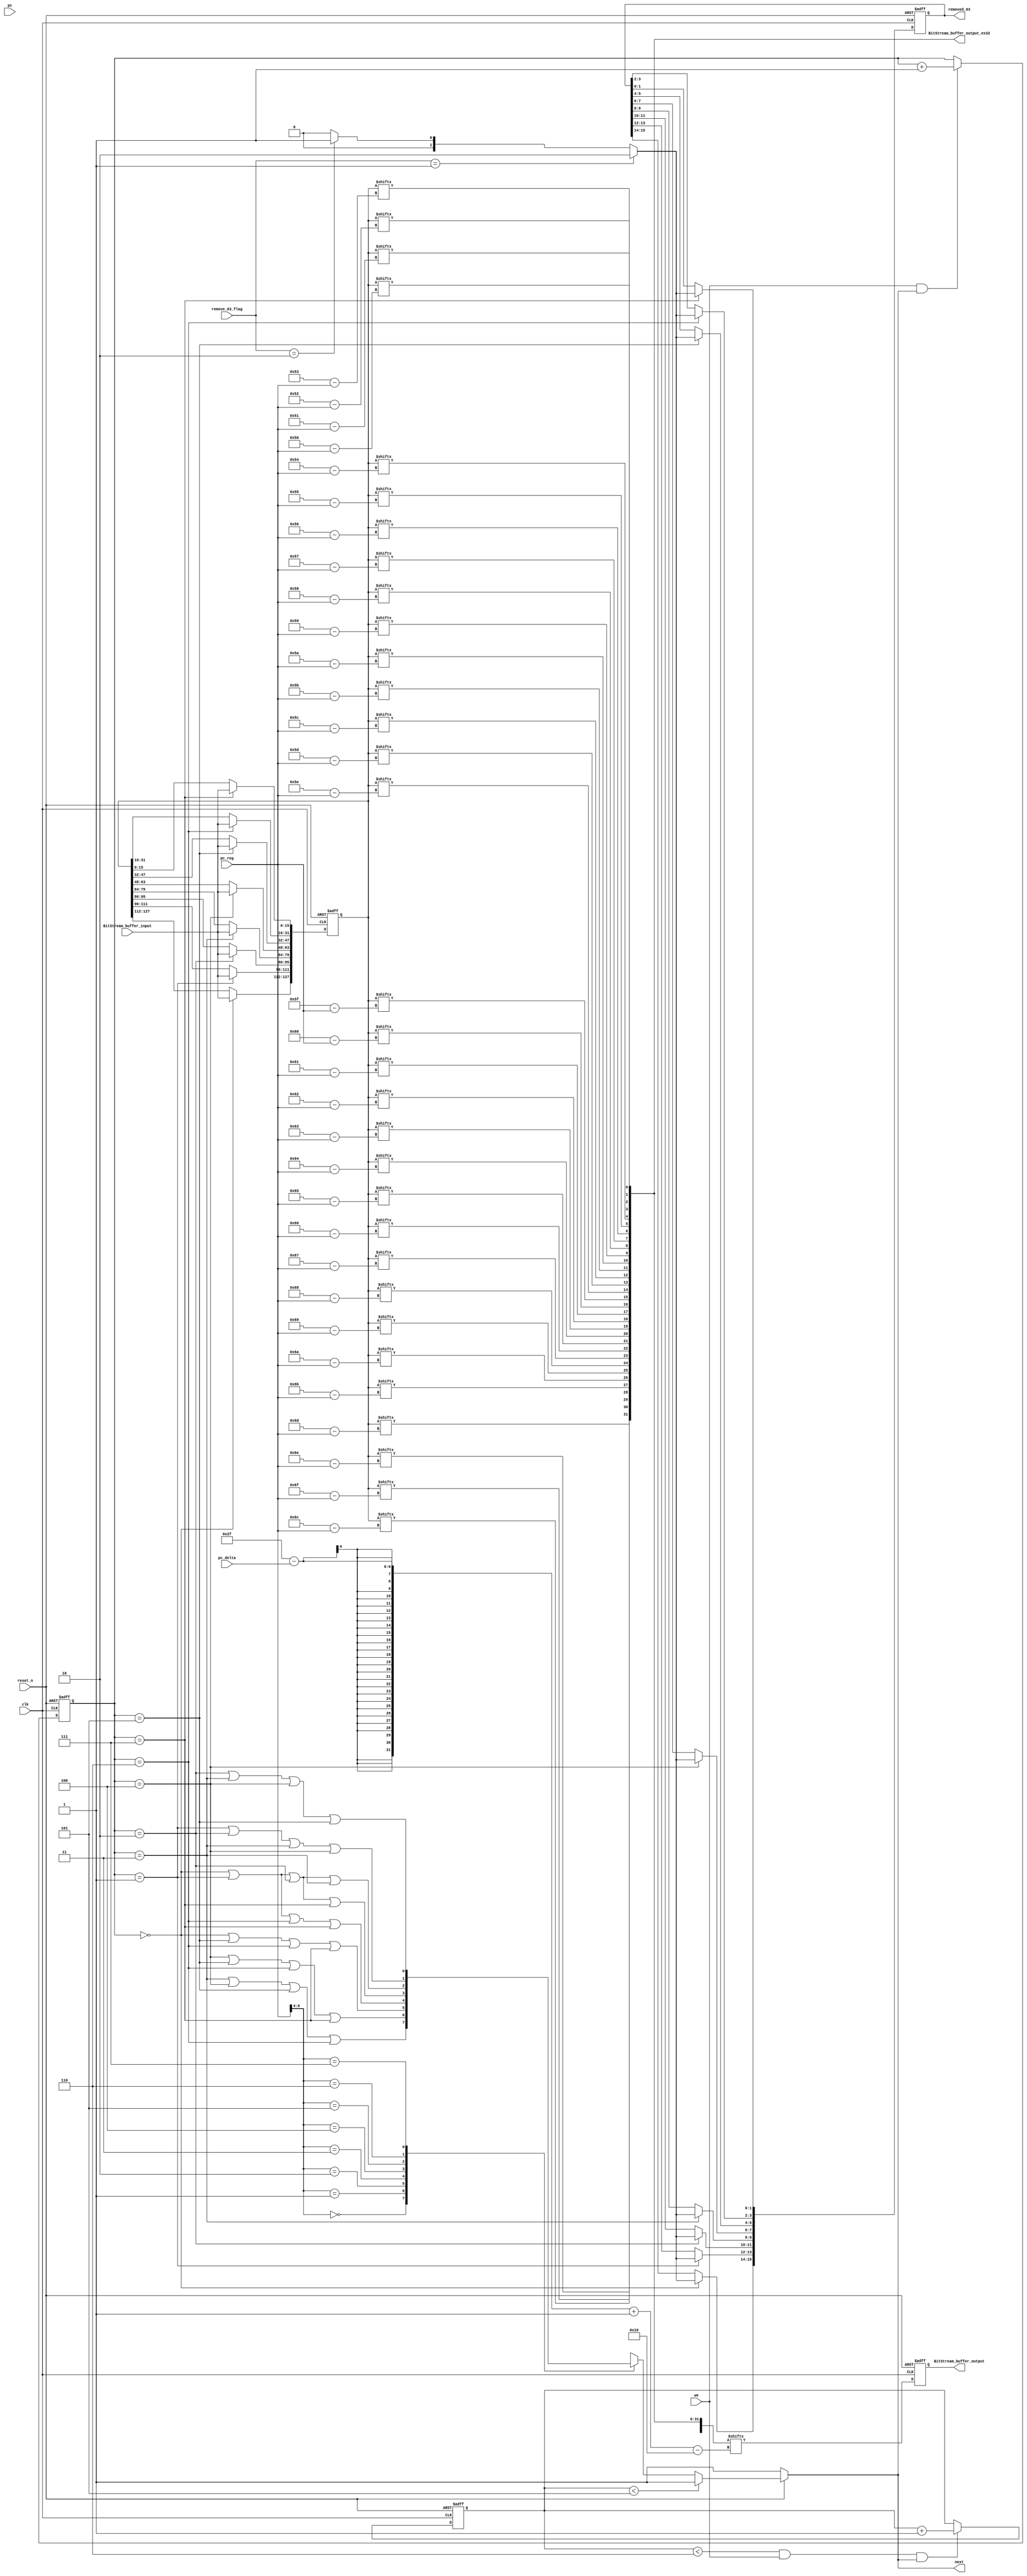
module Bitstream_buffer(

input clk,reset_n,
input [15:0] BitStream_buffer_input,
input we,
input [6:0] pc,pc_reg,
input [4:0] pc_delta,
input [1:0] remove_03_flag,


output reg next,
output reg [15:0] BitStream_buffer_output,
output [31:0] BitStream_buffer_output_ex32,
output reg [15:0] removed_03

);
reg [127:0]BS_buffer;

reg  [2:0] we_count,reset_counter;


always @ (posedge clk or negedge reset_n)
	if (reset_n == 0)
		we_count <= 3'd3;
	else if(we&&next)
		we_count <= we_count+3'd1;

always @ (posedge clk or negedge reset_n)
	if (reset_n == 1'b0)
		reset_counter <= 3'd3;
	else if (reset_counter < 6&&we&&next)
		reset_counter <= reset_counter + 3'd1;	



always@(reset_n or pc_reg or we_count or reset_counter)
	if(reset_n == 1'b0)
		next = 1;
	else if(reset_counter < 5)
		next = 1;
	else case(pc_reg[6:4])
		3'b000:next = we_count==3||we_count==4||we_count==5||we_count==6;
		3'b001:next = we_count==4||we_count==5||we_count==6||we_count==7;
		3'b010:next = we_count==0||we_count==5||we_count==6||we_count==7;
		3'b011:next = we_count==0||we_count==1||we_count==6||we_count==7;
		3'b100:next = we_count==0||we_count==1||we_count==2||we_count==7;
		3'b101:next = we_count==0||we_count==1||we_count==2||we_count==3;
		3'b110:next = we_count==1||we_count==2||we_count==3||we_count==4;
		3'b111:next = we_count==2||we_count==3||we_count==4||we_count==5;
	    endcase


always @ (posedge clk or negedge reset_n)
	if (reset_n == 0)
		BS_buffer <= 0;
	else case(we_count)
		0:BS_buffer[127:112]<=BitStream_buffer_input;
		1:BS_buffer[111:96]<=BitStream_buffer_input;
		2:BS_buffer[95:80]<=BitStream_buffer_input;
		3:BS_buffer[79:64]<=BitStream_buffer_input;
		4:BS_buffer[63:48]<=BitStream_buffer_input;
		5:BS_buffer[47:32]<=BitStream_buffer_input;
		6:BS_buffer[31:16]<=BitStream_buffer_input;
		7:BS_buffer[15:0]<=BitStream_buffer_input;
		endcase



wire [1:0] removed_03_a;
assign removed_03_a = remove_03_flag == 1 ? 2'b10 : remove_03_flag == 2 ? 2'b01 : 2'b00;

always @ (posedge clk or negedge reset_n)
	if (reset_n == 0)
		removed_03 <= 0;
	else case(we_count)
		0:removed_03[15:14] <= removed_03_a;
		1:removed_03[13:12] <= removed_03_a;
		2:removed_03[11:10] <= removed_03_a;
		3:removed_03[9 :8 ] <= removed_03_a;
		4:removed_03[7 :6 ] <= removed_03_a;
		5:removed_03[5 :4 ] <= removed_03_a;
		6:removed_03[3 :2 ] <= removed_03_a;
		7:removed_03[1 :0 ] <= removed_03_a;
		endcase


wire [47:0] buf_tmp;
assign buf_tmp = ({BitStream_buffer_output,BitStream_buffer_output_ex32})/*<<pc_delta*/;
	
always@(posedge clk or negedge reset_n)
	if (reset_n == 0)begin
		BitStream_buffer_output <= 0;	
		end
	else 
		BitStream_buffer_output <= buf_tmp[(47-pc_delta) -: 16];

wire BitStream_buffer_output_ex32_31,BitStream_buffer_output_ex32_30;
wire BitStream_buffer_output_ex32_29,BitStream_buffer_output_ex32_28;
wire BitStream_buffer_output_ex32_27,BitStream_buffer_output_ex32_26;
wire BitStream_buffer_output_ex32_25,BitStream_buffer_output_ex32_24;
wire BitStream_buffer_output_ex32_23,BitStream_buffer_output_ex32_22;
wire BitStream_buffer_output_ex32_21,BitStream_buffer_output_ex32_20;
wire BitStream_buffer_output_ex32_19,BitStream_buffer_output_ex32_18;
wire BitStream_buffer_output_ex32_17,BitStream_buffer_output_ex32_16;
wire BitStream_buffer_output_ex32_15,BitStream_buffer_output_ex32_14;
wire BitStream_buffer_output_ex32_13,BitStream_buffer_output_ex32_12;
wire BitStream_buffer_output_ex32_11,BitStream_buffer_output_ex32_10;
wire BitStream_buffer_output_ex32_9,BitStream_buffer_output_ex32_8;
wire BitStream_buffer_output_ex32_7,BitStream_buffer_output_ex32_6;
wire BitStream_buffer_output_ex32_5,BitStream_buffer_output_ex32_4;
wire BitStream_buffer_output_ex32_3,BitStream_buffer_output_ex32_2;
wire BitStream_buffer_output_ex32_1,BitStream_buffer_output_ex32_0;	

assign BitStream_buffer_output_ex32_31 = BS_buffer[(7'd111 - pc_reg)];
assign BitStream_buffer_output_ex32_30 = BS_buffer[(7'd110 - pc_reg)];
assign BitStream_buffer_output_ex32_29 = BS_buffer[(7'd109 - pc_reg)];
assign BitStream_buffer_output_ex32_28 = BS_buffer[(7'd108 - pc_reg)];
assign BitStream_buffer_output_ex32_27 = BS_buffer[(7'd107 - pc_reg)];
assign BitStream_buffer_output_ex32_26 = BS_buffer[(7'd106 - pc_reg)];
assign BitStream_buffer_output_ex32_25 = BS_buffer[(7'd105 - pc_reg)];
assign BitStream_buffer_output_ex32_24 = BS_buffer[(7'd104 - pc_reg)];
assign BitStream_buffer_output_ex32_23 = BS_buffer[(7'd103 - pc_reg)];
assign BitStream_buffer_output_ex32_22 = BS_buffer[(7'd102 - pc_reg)];
assign BitStream_buffer_output_ex32_21 = BS_buffer[(7'd101 - pc_reg)];
assign BitStream_buffer_output_ex32_20 = BS_buffer[(7'd100 - pc_reg)];
assign BitStream_buffer_output_ex32_19 = BS_buffer[(7'd99 - pc_reg)];
assign BitStream_buffer_output_ex32_18 = BS_buffer[(7'd98 - pc_reg)];
assign BitStream_buffer_output_ex32_17 = BS_buffer[(7'd97 - pc_reg)];
assign BitStream_buffer_output_ex32_16 = BS_buffer[(7'd96 - pc_reg)];
assign BitStream_buffer_output_ex32_15 = BS_buffer[(7'd95 - pc_reg)];
assign BitStream_buffer_output_ex32_14 = BS_buffer[(7'd94 - pc_reg)];
assign BitStream_buffer_output_ex32_13 = BS_buffer[(7'd93 - pc_reg)];
assign BitStream_buffer_output_ex32_12 = BS_buffer[(7'd92 - pc_reg)];
assign BitStream_buffer_output_ex32_11 = BS_buffer[(7'd91 - pc_reg)];
assign BitStream_buffer_output_ex32_10 = BS_buffer[(7'd90 - pc_reg)];
assign BitStream_buffer_output_ex32_9 = BS_buffer[(7'd89 - pc_reg)];
assign BitStream_buffer_output_ex32_8 = BS_buffer[(7'd88 - pc_reg)];
assign BitStream_buffer_output_ex32_7 = BS_buffer[(7'd87 - pc_reg)];
assign BitStream_buffer_output_ex32_6 = BS_buffer[(7'd86 - pc_reg)];
assign BitStream_buffer_output_ex32_5 = BS_buffer[(7'd85 - pc_reg)];
assign BitStream_buffer_output_ex32_4 = BS_buffer[(7'd84 - pc_reg)];
assign BitStream_buffer_output_ex32_3 = BS_buffer[(7'd83 - pc_reg)];
assign BitStream_buffer_output_ex32_2 = BS_buffer[(7'd82 - pc_reg)];
assign BitStream_buffer_output_ex32_1 = BS_buffer[(7'd81 - pc_reg)];
assign BitStream_buffer_output_ex32_0 = BS_buffer[(7'd80 - pc_reg)];
		
assign BitStream_buffer_output_ex32 = {
		BitStream_buffer_output_ex32_31,BitStream_buffer_output_ex32_30,
		BitStream_buffer_output_ex32_29,BitStream_buffer_output_ex32_28,
      BitStream_buffer_output_ex32_27,BitStream_buffer_output_ex32_26,
      BitStream_buffer_output_ex32_25,BitStream_buffer_output_ex32_24,
      BitStream_buffer_output_ex32_23,BitStream_buffer_output_ex32_22,
      BitStream_buffer_output_ex32_21,BitStream_buffer_output_ex32_20,
      BitStream_buffer_output_ex32_19,BitStream_buffer_output_ex32_18,
      BitStream_buffer_output_ex32_17,BitStream_buffer_output_ex32_16,
      BitStream_buffer_output_ex32_15,BitStream_buffer_output_ex32_14,
      BitStream_buffer_output_ex32_13,BitStream_buffer_output_ex32_12,
      BitStream_buffer_output_ex32_11,BitStream_buffer_output_ex32_10,
      BitStream_buffer_output_ex32_9,BitStream_buffer_output_ex32_8,
      BitStream_buffer_output_ex32_7,BitStream_buffer_output_ex32_6,
      BitStream_buffer_output_ex32_5,BitStream_buffer_output_ex32_4,
      BitStream_buffer_output_ex32_3,BitStream_buffer_output_ex32_2,
      BitStream_buffer_output_ex32_1,BitStream_buffer_output_ex32_0};		
		
		
/*
		
reg [6:0] pc_reg ;	
reg pc_flag;	
reg [1:0] pc_flag_32;
always @ (posedge clk or negedge reset_n)
	if (reset_n == 0)begin
		pc_reg <= 0;	pc_flag <= 0;
		pc_flag_32 <= 0;end
	else begin
		pc_reg <= pc;
		pc_flag <= pc < 7'd113 ? 1'd0 : 1'd1;
		pc_flag_32 <= pc < 7'd81 ? 2'd0 : pc > 7'd111 ? 2'd1 : 2'd2;
		end
		
wire [29:0] BitStream_buffer_output_cy;
wire [15:0] BitStream_buffer_output_f0,BitStream_buffer_output_f1;

assign BitStream_buffer_output_cy = {BS_buffer[14:0],BS_buffer[127:113]};
assign BitStream_buffer_output_f0 = BS_buffer[(127-pc_reg) -: 16];
assign BitStream_buffer_output_f1 = BitStream_buffer_output_cy[(142 - pc_reg)  -: 16];
assign BitStream_buffer_output = pc_flag ? BitStream_buffer_output_f1 : BitStream_buffer_output_f0;


wire [61:0] BitStream_buffer_output_cy32;
wire [31:0] BitStream_buffer_output_f0_32,BitStream_buffer_output_f1_32,BitStream_buffer_output_f2_32;
assign BitStream_buffer_output_cy32 = {BS_buffer[30:0],BS_buffer[127:97]};
assign BitStream_buffer_output_f0_32 = BS_buffer[(111-pc_reg) -: 32];
assign BitStream_buffer_output_f1_32 = BS_buffer[(239-pc_reg) -: 32];
assign BitStream_buffer_output_f2_32 = BitStream_buffer_output_cy32[(142 - pc_reg)  -: 32];
assign BitStream_buffer_output_ex32 = pc_flag_32 == 0 ? BitStream_buffer_output_f0_32 :
					pc_flag_32 == 2'd1 ? BitStream_buffer_output_f1_32 : BitStream_buffer_output_f2_32;
					

*/		
/*
always@(reset_n or pc_reg or BS_buffer)
	if (reset_n == 0)
		BitStream_buffer_output = 0;
	else if(pc_reg < 113)
		BitStream_buffer_output = BS_buffer[(127-pc_reg) -: 16];
	else case(pc_reg)
		113:BitStream_buffer_output = {BS_buffer[14:0],BS_buffer[127]};
		114:BitStream_buffer_output = {BS_buffer[13:0],BS_buffer[127:126]};
		115:BitStream_buffer_output = {BS_buffer[12:0],BS_buffer[127:125]}; 
		116:BitStream_buffer_output = {BS_buffer[11:0],BS_buffer[127:124]};
		117:BitStream_buffer_output = {BS_buffer[10:0],BS_buffer[127:123]};
		118:BitStream_buffer_output = {BS_buffer[9:0],BS_buffer[127:122]};
		119:BitStream_buffer_output = {BS_buffer[8:0],BS_buffer[127:121]};
		120:BitStream_buffer_output = {BS_buffer[7:0],BS_buffer[127:120]};
		121:BitStream_buffer_output = {BS_buffer[6:0],BS_buffer[127:119]};
		122:BitStream_buffer_output = {BS_buffer[5:0],BS_buffer[127:118]};
		123:BitStream_buffer_output = {BS_buffer[4:0],BS_buffer[127:117]};
		124:BitStream_buffer_output = {BS_buffer[3:0],BS_buffer[127:116]};
		125:BitStream_buffer_output = {BS_buffer[2:0],BS_buffer[127:115]}; 
		126:BitStream_buffer_output = {BS_buffer[1:0],BS_buffer[127:114]};
		127:BitStream_buffer_output = {BS_buffer[0],BS_buffer[127:113]};
		default:BitStream_buffer_output = 0;
	endcase
*/

/*always@(reset_n or pc_reg or BS_buffer)
	if (reset_n == 0)
		BitStream_buffer_output_ex32 = 0;
	else if(pc_reg < 81)
		BitStream_buffer_output_ex32 = BS_buffer[(111-pc_reg) -: 32];
	else if(pc_reg > 111)
		BitStream_buffer_output_ex32 = BS_buffer[(239-pc_reg) -: 32];
	else case(pc_reg)
		81:BitStream_buffer_output_ex32 = {BS_buffer[30:0],BS_buffer[127]};
		82:BitStream_buffer_output_ex32 = {BS_buffer[29:0],BS_buffer[127:126]};
		83:BitStream_buffer_output_ex32 = {BS_buffer[28:0],BS_buffer[127:125]};
		84:BitStream_buffer_output_ex32 = {BS_buffer[27:0],BS_buffer[127:124]};
		85:BitStream_buffer_output_ex32 = {BS_buffer[26:0],BS_buffer[127:123]};
		86:BitStream_buffer_output_ex32 = {BS_buffer[25:0],BS_buffer[127:122]};
		87:BitStream_buffer_output_ex32 = {BS_buffer[24:0],BS_buffer[127:121]};
		88:BitStream_buffer_output_ex32 = {BS_buffer[23:0],BS_buffer[127:120]};
		89:BitStream_buffer_output_ex32 = {BS_buffer[22:0],BS_buffer[127:119]};
		90:BitStream_buffer_output_ex32 = {BS_buffer[21:0],BS_buffer[127:118]};
		91:BitStream_buffer_output_ex32 = {BS_buffer[20:0],BS_buffer[127:117]};
		92:BitStream_buffer_output_ex32 = {BS_buffer[19:0],BS_buffer[127:116]};
		93:BitStream_buffer_output_ex32 = {BS_buffer[18:0],BS_buffer[127:115]};
		94:BitStream_buffer_output_ex32 = {BS_buffer[17:0],BS_buffer[127:114]};
		95:BitStream_buffer_output_ex32 = {BS_buffer[16:0],BS_buffer[127:113]};
		96:BitStream_buffer_output_ex32 = {BS_buffer[15:0],BS_buffer[127:112]};
		97:BitStream_buffer_output_ex32 = {BS_buffer[14:0],BS_buffer[127:111]};
		98:BitStream_buffer_output_ex32 = {BS_buffer[13:0],BS_buffer[127:110]};
		99:BitStream_buffer_output_ex32 = {BS_buffer[12:0],BS_buffer[127:109]};
		100:BitStream_buffer_output_ex32 = {BS_buffer[11:0],BS_buffer[127:108]};
		101:BitStream_buffer_output_ex32 = {BS_buffer[10:0],BS_buffer[127:107]};
		102:BitStream_buffer_output_ex32 = {BS_buffer[9:0],BS_buffer[127:106]};
		103:BitStream_buffer_output_ex32 = {BS_buffer[8:0],BS_buffer[127:105]};
		104:BitStream_buffer_output_ex32 = {BS_buffer[7:0],BS_buffer[127:104]};
		105:BitStream_buffer_output_ex32 = {BS_buffer[6:0],BS_buffer[127:103]};
		106:BitStream_buffer_output_ex32 = {BS_buffer[5:0],BS_buffer[127:102]};
		107:BitStream_buffer_output_ex32 = {BS_buffer[4:0],BS_buffer[127:101]};
		108:BitStream_buffer_output_ex32 = {BS_buffer[3:0],BS_buffer[127:100]};
		109:BitStream_buffer_output_ex32 = {BS_buffer[2:0],BS_buffer[127:99]};
		110:BitStream_buffer_output_ex32 = {BS_buffer[1:0],BS_buffer[127:98]};
		111:BitStream_buffer_output_ex32 = {BS_buffer[0],BS_buffer[127:97]};
		default:BitStream_buffer_output_ex32 = 0;
	endcase
*/
endmodule